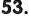
53.